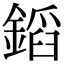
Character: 䤾